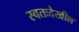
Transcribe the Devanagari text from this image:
स्वतःदेखील